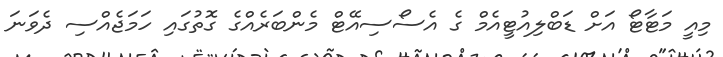
މިއީ މަޓާޓޯ އަށް ޑަބްލިއުޓީއެމް ގެ އެސޯސިއޭޓް މެންބަރެއްގެ ގޮތުގައި ހަމަޖެއްސި ދެވަނަ